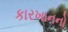
કારખાનનો